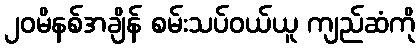
၂၀မိနစ်အချိန် စမ်းသပ်ဝယ်ယူ ကျည်ဆံကို